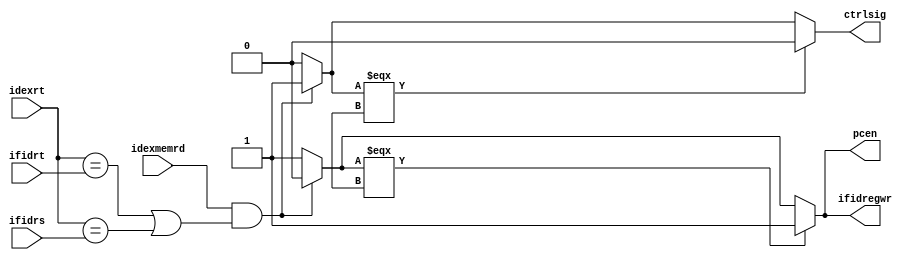
/*
* Function: this module's job is to detect bubble required data hazard then
* insert a bubble by mataining both PC and IF/ID pipeline register's states
* , and by supplying NOP operation control signals to ID/EX pipeline 
* register.
*/

module hazarddetectionunit ( input wire [4:0] idexrt,
                             input wire [4:0] ifidrs,
                             input wire [4:0] ifidrt,
                             input wire idexmemrd,
                             output reg pcen,
                             output reg ctrlsig,
                             output reg ifidregwr );

// we deploy 2 internal variables, unit's output will first be passed to
// these variables, then through a simple x check, if the variables' content
// is x, then we modify unit's actual outputs to known states. This is due
// to the same reason we use insert Unstalling Unit bewtween PC and Control
// Unit.
reg pcentmp, ctrlsigtmp, ifidregwrtmp;

initial begin
    pcen = 1'b1;
    ctrlsig = 1'b0;
    ifidregwr = 1'b1;
end

always @(pcentmp, ctrlsigtmp) begin
    if (pcentmp === 1'bx) begin
        pcen = 1'b1;
    end else begin
        pcen = pcentmp;
    end

    if (ctrlsigtmp === 1'bx) begin
        ctrlsig = 1'b0;
    end else begin
        ctrlsig = ctrlsigtmp;
    end

    if (ifidregwrtmp === 1'bx) begin
        ifidregwr = 1'b1;
    end else begin
        ifidregwr = ifidregwrtmp;
    end
end

always @(*) begin
    // hazard detection
    if (idexmemrd &&
        ((idexrt == ifidrt) || (idexrt == ifidrs))) begin
        // insert bubble to cause stalling
        pcentmp = 1'b0;
        ctrlsigtmp = 1'b1;
        ifidregwrtmp = 1'b0;
    end else begin
        pcentmp = 1'b1;
        ctrlsigtmp = 1'b0;
        ifidregwrtmp = 1'b1;
    end
end

endmodule